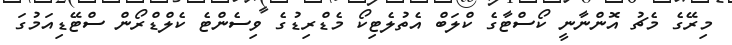
މިރޭގެ މެޗު އޮންނާނީ ކޯސްޓާގެ ކްލަބް އެތުލެޓިކޯ މެޑްރިޑުގެ ވިސެންޓެ ކެލްޑްރޯން ސްޓޭޑިއަމުގަ